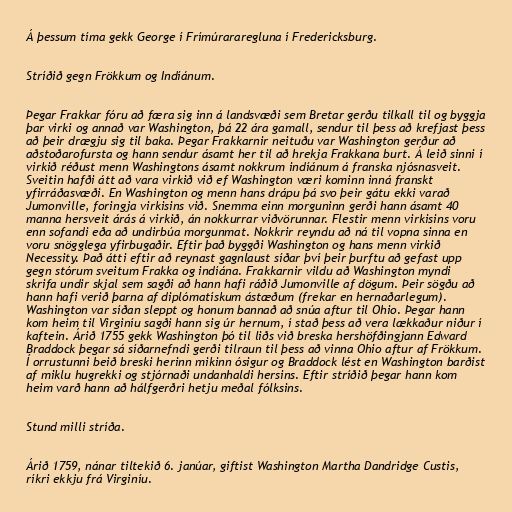
Á þessum tíma gekk George í Frímúrararegluna í Fredericksburg.

Stríðið gegn Frökkum og Indíánum.

Þegar Frakkar fóru að færa sig inn á landsvæði sem Bretar gerðu tilkall til og byggja
þar virki og annað var Washington, þá 22 ára gamall, sendur til þess að krefjast þess
að þeir drægju sig til baka. Þegar Frakkarnir neituðu var Washington gerður að
aðstoðarofursta og hann sendur ásamt her til að hrekja Frakkana burt. Á leið sinni í
virkið réðust menn Washingtons ásamt nokkrum indíánum á franska njósnasveit.
Sveitin hafði átt að vara virkið við ef Washington væri kominn inná franskt
yfirráðasvæði. En Washington og menn hans drápu þá svo þeir gátu ekki varað
Jumonville, foringja virkisins við. Snemma einn morguninn gerði hann ásamt 40
manna hersveit árás á virkið, án nokkurrar viðvörunnar. Flestir menn virkisins voru
enn sofandi eða að undirbúa morgunmat. Nokkrir reyndu að ná til vopna sinna en
voru snögglega yfirbugaðir. Eftir það byggði Washington og hans menn virkið
Necessity. Það átti eftir að reynast gagnlaust síðar því þeir þurftu að gefast upp
gegn stórum sveitum Frakka og indíána. Frakkarnir vildu að Washington myndi
skrifa undir skjal sem sagði að hann hafi ráðið Jumonville af dögum. Þeir sögðu að
hann hafi verið þarna af diplómatískum ástæðum (frekar en hernaðarlegum).
Washington var síðan sleppt og honum bannað að snúa aftur til Ohio. Þegar hann
kom heim til Virginíu sagði hann sig úr hernum, í stað þess að vera lækkaður niður í
kaftein. Árið 1755 gekk Washington þó til liðs við breska hershöfðingjann Edward
Braddock þegar sá síðarnefndi gerði tilraun til þess að vinna Ohio aftur af Frökkum.
Í orrustunni beið breski herinn mikinn ósigur og Braddock lést en Washington barðist
af miklu hugrekki og stjórnaði undanhaldi hersins. Eftir stríðið þegar hann kom
heim varð hann að hálfgerðri hetju meðal fólksins.

Stund milli stríða.

Árið 1759, nánar tiltekið 6. janúar, giftist Washington Martha Dandridge Custis,
ríkri ekkju frá Virginíu.